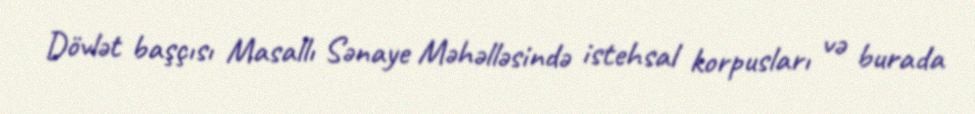
Dövlət başçısı Masallı Sənaye Məhəlləsində istehsal korpusları və burada